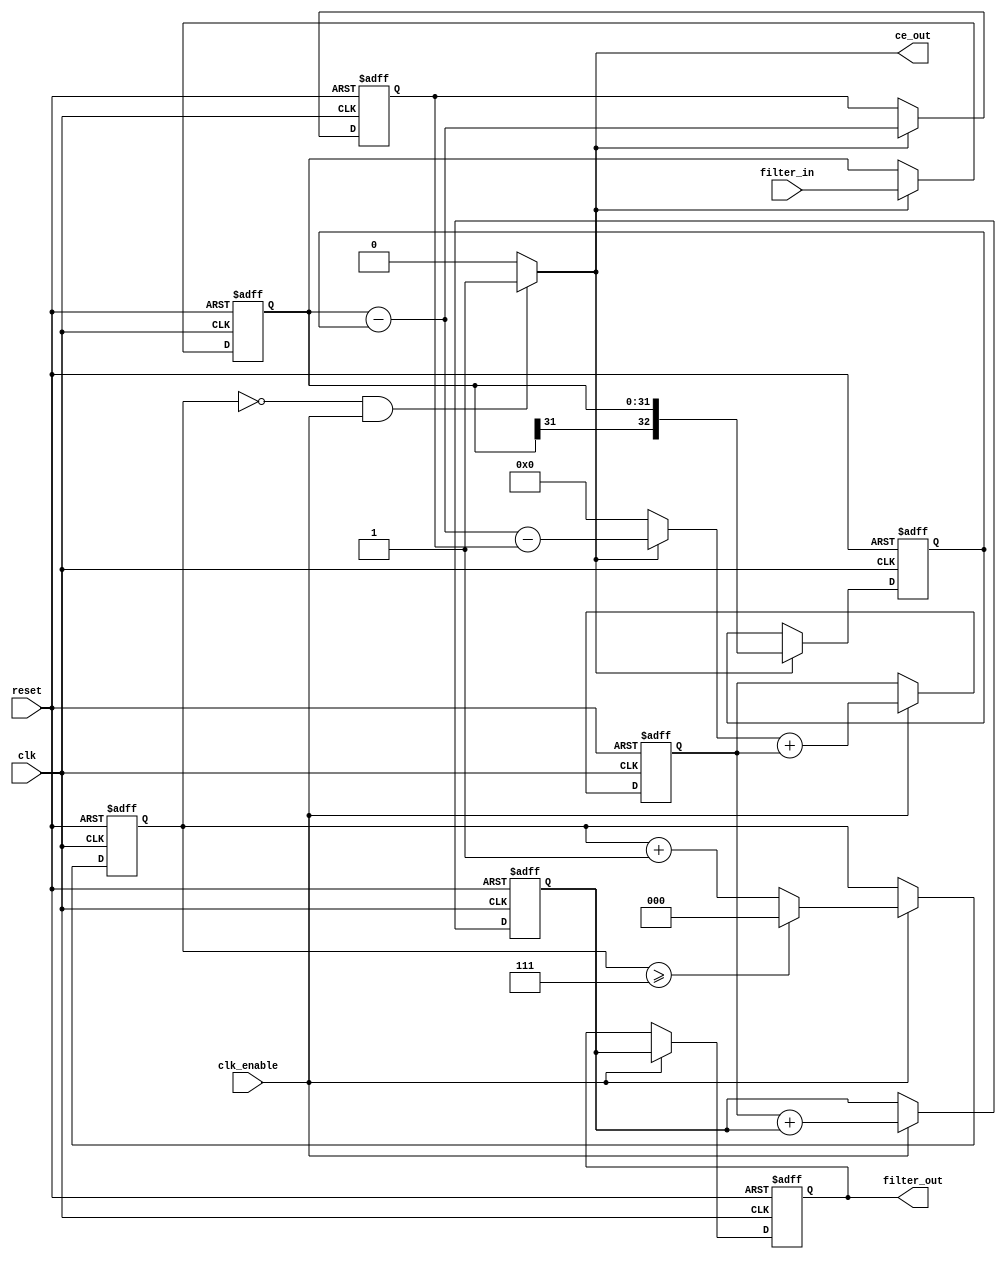
// -------------------------------------------------------------
//
// Module: CIC_Interpolator8
// Generated by MATLAB(R) 9.12 and Filter Design HDL Coder 3.1.11.
// Generated on: 2023-04-25 10:28:32
// -------------------------------------------------------------

// -------------------------------------------------------------
// HDL Code Generation Options:
//
// TargetDirectory: CIC_Interpolator8
// Name: CIC_Interpolator8
// InputDataType: numerictype(1,32,31)
// TargetLanguage: Verilog
// TestBenchName: CIC_Interpolator8_tb

// -------------------------------------------------------------
// HDL Implementation    : Fully parallel
// -------------------------------------------------------------




`timescale 1 ns / 1 ns

module CIC_Interpolator8
               (
                clk,
                clk_enable,
                reset,
                filter_in,
                filter_out,
                ce_out
                );

  input   clk; 
  input   clk_enable; 
  input   reset; 
  input   signed [31:0] filter_in; //sfix32_En31
  output  signed [34:0] filter_out; //sfix35_En31
  output  ce_out; 

////////////////////////////////////////////////////////////////
//Module Architecture: CIC_Interpolator8
////////////////////////////////////////////////////////////////
  // Local Functions
  // Type Definitions
  // Constants
  parameter signed [32:0] zeroconst = 33'h000000000; //sfix33_En31
  // Signals
  reg  [2:0] cur_count; // ufix3
  wire phase_0; // boolean
  //   
  reg  signed [31:0] input_register; // sfix32_En31
  //   -- Section 1 Signals 
  wire signed [31:0] section_in1; // sfix32_En31
  wire signed [32:0] section_cast1; // sfix33_En31
  reg  signed [32:0] diff1; // sfix33_En31
  wire signed [32:0] section_out1; // sfix33_En31
  wire signed [32:0] sub_cast; // sfix33_En31
  wire signed [32:0] sub_cast_1; // sfix33_En31
  wire signed [33:0] sub_temp; // sfix34_En31
  //   -- Section 2 Signals 
  wire signed [32:0] section_in2; // sfix33_En31
  reg  signed [32:0] diff2; // sfix33_En31
  wire signed [32:0] section_out2; // sfix33_En31
  wire signed [32:0] sub_cast_2; // sfix33_En31
  wire signed [32:0] sub_cast_3; // sfix33_En31
  wire signed [33:0] sub_temp_1; // sfix34_En31
  wire signed [32:0] upsampling; // sfix33_En31
  //   -- Section 3 Signals 
  wire signed [32:0] section_in3; // sfix33_En31
  wire signed [32:0] sum1; // sfix33_En31
  reg  signed [32:0] section_out3; // sfix33_En31
  wire signed [32:0] add_cast; // sfix33_En31
  wire signed [32:0] add_cast_1; // sfix33_En31
  wire signed [33:0] add_temp; // sfix34_En31
  //   -- Section 4 Signals 
  wire signed [32:0] section_in4; // sfix33_En31
  wire signed [34:0] section_cast4; // sfix35_En31
  wire signed [34:0] sum2; // sfix35_En31
  reg  signed [34:0] section_out4; // sfix35_En31
  wire signed [34:0] add_cast_2; // sfix35_En31
  wire signed [34:0] add_cast_3; // sfix35_En31
  wire signed [35:0] add_temp_1; // sfix36_En31
  wire signed [34:0] output_typeconvert; // sfix35_En31
  //   
  reg  signed [34:0] output_register; // sfix35_En31

  // Block Statements
  //   ------------------ CE Output Generation ------------------

  always @ (posedge clk or posedge reset)
    begin: ce_output
      if (reset == 1'b1) begin
        cur_count <= 3'b000;
      end
      else begin
        if (clk_enable == 1'b1) begin
          if (cur_count >= 3'b111) begin
            cur_count <= 3'b000;
          end
          else begin
            cur_count <= cur_count + 3'b001;
          end
        end
      end
    end // ce_output

  assign  phase_0 = (cur_count == 3'b000 && clk_enable == 1'b1) ? 1'b1 : 1'b0;

  //   ------------------ Input Register ------------------

  always @ (posedge clk or posedge reset)
    begin: input_reg_process
      if (reset == 1'b1) begin
        input_register <= 0;
      end
      else begin
        if (phase_0 == 1'b1) begin
          input_register <= filter_in;
        end
      end
    end // input_reg_process

  //   ------------------ Section # 1 : Comb ------------------

  assign section_in1 = input_register;

  assign section_cast1 = $signed({{1{section_in1[31]}}, section_in1});

  assign sub_cast = section_cast1;
  assign sub_cast_1 = diff1;
  assign sub_temp = sub_cast - sub_cast_1;
  assign section_out1 = sub_temp[32:0];

  always @ (posedge clk or posedge reset)
    begin: comb_delay_section1
      if (reset == 1'b1) begin
        diff1 <= 0;
      end
      else begin
        if (phase_0 == 1'b1) begin
          diff1 <= section_cast1;
        end
      end
    end // comb_delay_section1

  //   ------------------ Section # 2 : Comb ------------------

  assign section_in2 = section_out1;

  assign sub_cast_2 = section_in2;
  assign sub_cast_3 = diff2;
  assign sub_temp_1 = sub_cast_2 - sub_cast_3;
  assign section_out2 = sub_temp_1[32:0];

  always @ (posedge clk or posedge reset)
    begin: comb_delay_section2
      if (reset == 1'b1) begin
        diff2 <= 0;
      end
      else begin
        if (phase_0 == 1'b1) begin
          diff2 <= section_in2;
        end
      end
    end // comb_delay_section2

  assign upsampling = (phase_0 == 1'b1) ? section_out2 :
                zeroconst;
  //   ------------------ Section # 3 : Integrator ------------------

  assign section_in3 = upsampling;

  assign add_cast = section_in3;
  assign add_cast_1 = section_out3;
  assign add_temp = add_cast + add_cast_1;
  assign sum1 = add_temp[32:0];

  always @ (posedge clk or posedge reset)
    begin: integrator_delay_section3
      if (reset == 1'b1) begin
        section_out3 <= 0;
      end
      else begin
        if (clk_enable == 1'b1) begin
          section_out3 <= sum1;
        end
      end
    end // integrator_delay_section3

  //   ------------------ Section # 4 : Integrator ------------------

  assign section_in4 = section_out3;

  assign section_cast4 = $signed({{2{section_in4[32]}}, section_in4});

  assign add_cast_2 = section_cast4;
  assign add_cast_3 = section_out4;
  assign add_temp_1 = add_cast_2 + add_cast_3;
  assign sum2 = add_temp_1[34:0];

  always @ (posedge clk or posedge reset)
    begin: integrator_delay_section4
      if (reset == 1'b1) begin
        section_out4 <= 0;
      end
      else begin
        if (clk_enable == 1'b1) begin
          section_out4 <= sum2;
        end
      end
    end // integrator_delay_section4

  assign output_typeconvert = section_out4;

  //   ------------------ Output Register ------------------

  always @ (posedge clk or posedge reset)
    begin: output_reg_process
      if (reset == 1'b1) begin
        output_register <= 0;
      end
      else begin
        if (clk_enable == 1'b1) begin
          output_register <= output_typeconvert;
        end
      end
    end // output_reg_process

  // Assignment Statements
  assign ce_out = phase_0;
  assign filter_out = output_register;
endmodule  // CIC_Interpolator8